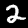
Label: 2